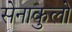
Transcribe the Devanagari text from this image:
सेनाकुलो